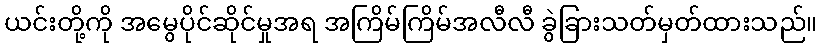
ယင်းတို့ကို အမွေပိုင်ဆိုင်မှုအရ အကြိမ်ကြိမ်အလီလီ ခွဲခြားသတ်မှတ်ထားသည်။